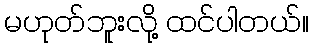
မဟုတ်ဘူးလို့ ထင်ပါတယ်။